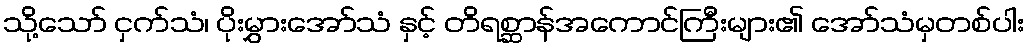
သို့သော် ငှက်သံ၊ ပိုးမွှားအော်သံ နှင့် တိရစ္ဆာန်အကောင်ကြီးများ၏ အော်သံမှတစ်ပါး